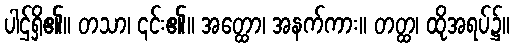
ပါဌ်ရှိ၏။ တသာ၊ ၎င်း၏။ အတ္ထော၊ အနက်ကား။ တတ္ထ၊ ထိုအရပ်၌။